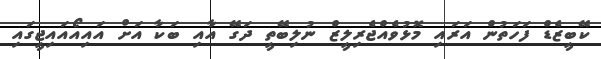
ކޭބީޒެޑް ފަހަތުން އަރައި މޮޅުވެއްޖެރިލީޒް ނުލިބޭތީ ދަގޭ އާއި ބަކާ އަށް އައިއޯއައިޖީގައި